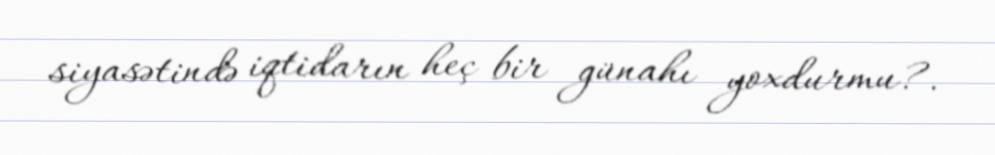
siyasətində iqtidarın heç bir günahı yoxdurmu?.